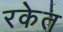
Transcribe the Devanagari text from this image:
रकेत